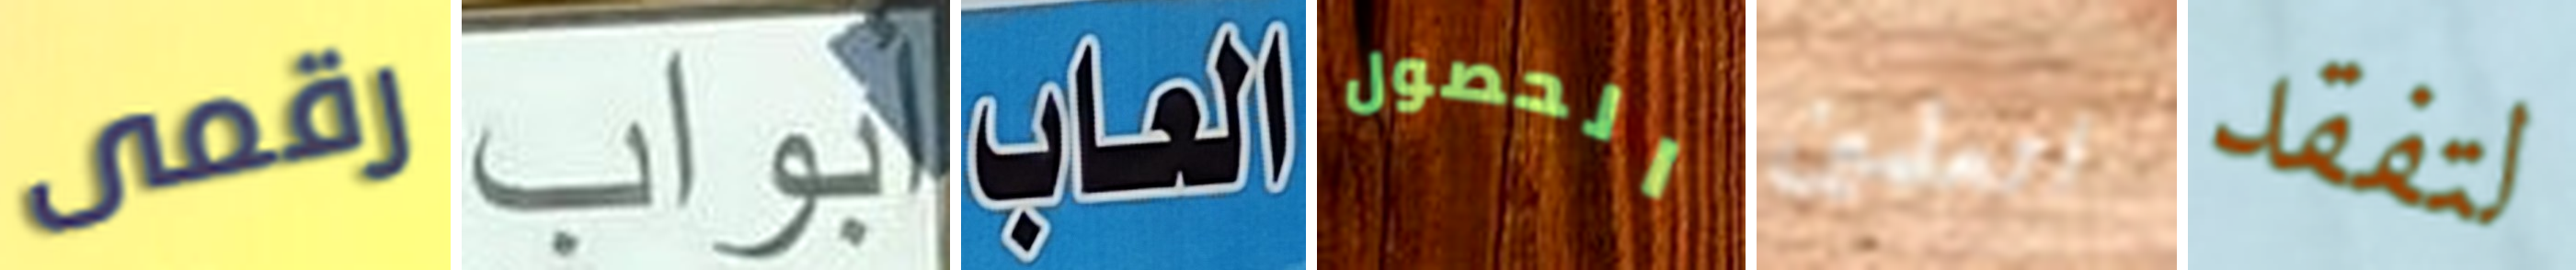
رقمى أبواب العاب الحصول اتعلمين لتفقد